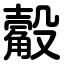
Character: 觳